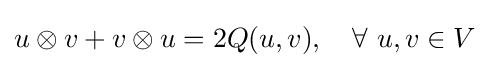
u\otimes v+v\otimes u=2Q(u,v),\quad \forall \ u,v\in V